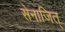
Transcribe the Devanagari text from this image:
सेनाजित्